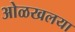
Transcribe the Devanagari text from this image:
ओळखलया